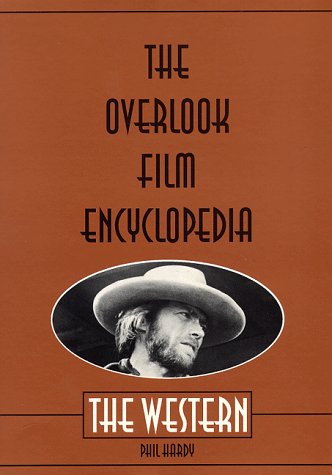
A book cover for The Overlook Film Encyclopedia: The Western; Humor & Entertainment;